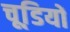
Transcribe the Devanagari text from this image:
चूडि़यों